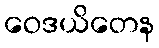
ဝေဒယိတေန